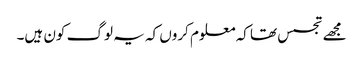
مجھے تجسس تھا کہ معلوم کروں کہ یہ لوگ کون ہیں۔